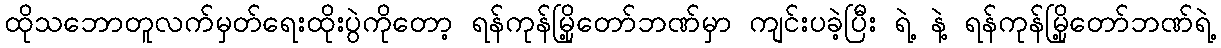
ထိုသဘောတူလက်မှတ်ရေးထိုးပွဲကိုတော့ ရန်ကုန်မြို့တော်ဘဏ်မှာ ကျင်းပခဲ့ပြီး ရဲ့ နဲ့ ရန်ကုန်မြို့တော်ဘဏ်ရဲ့